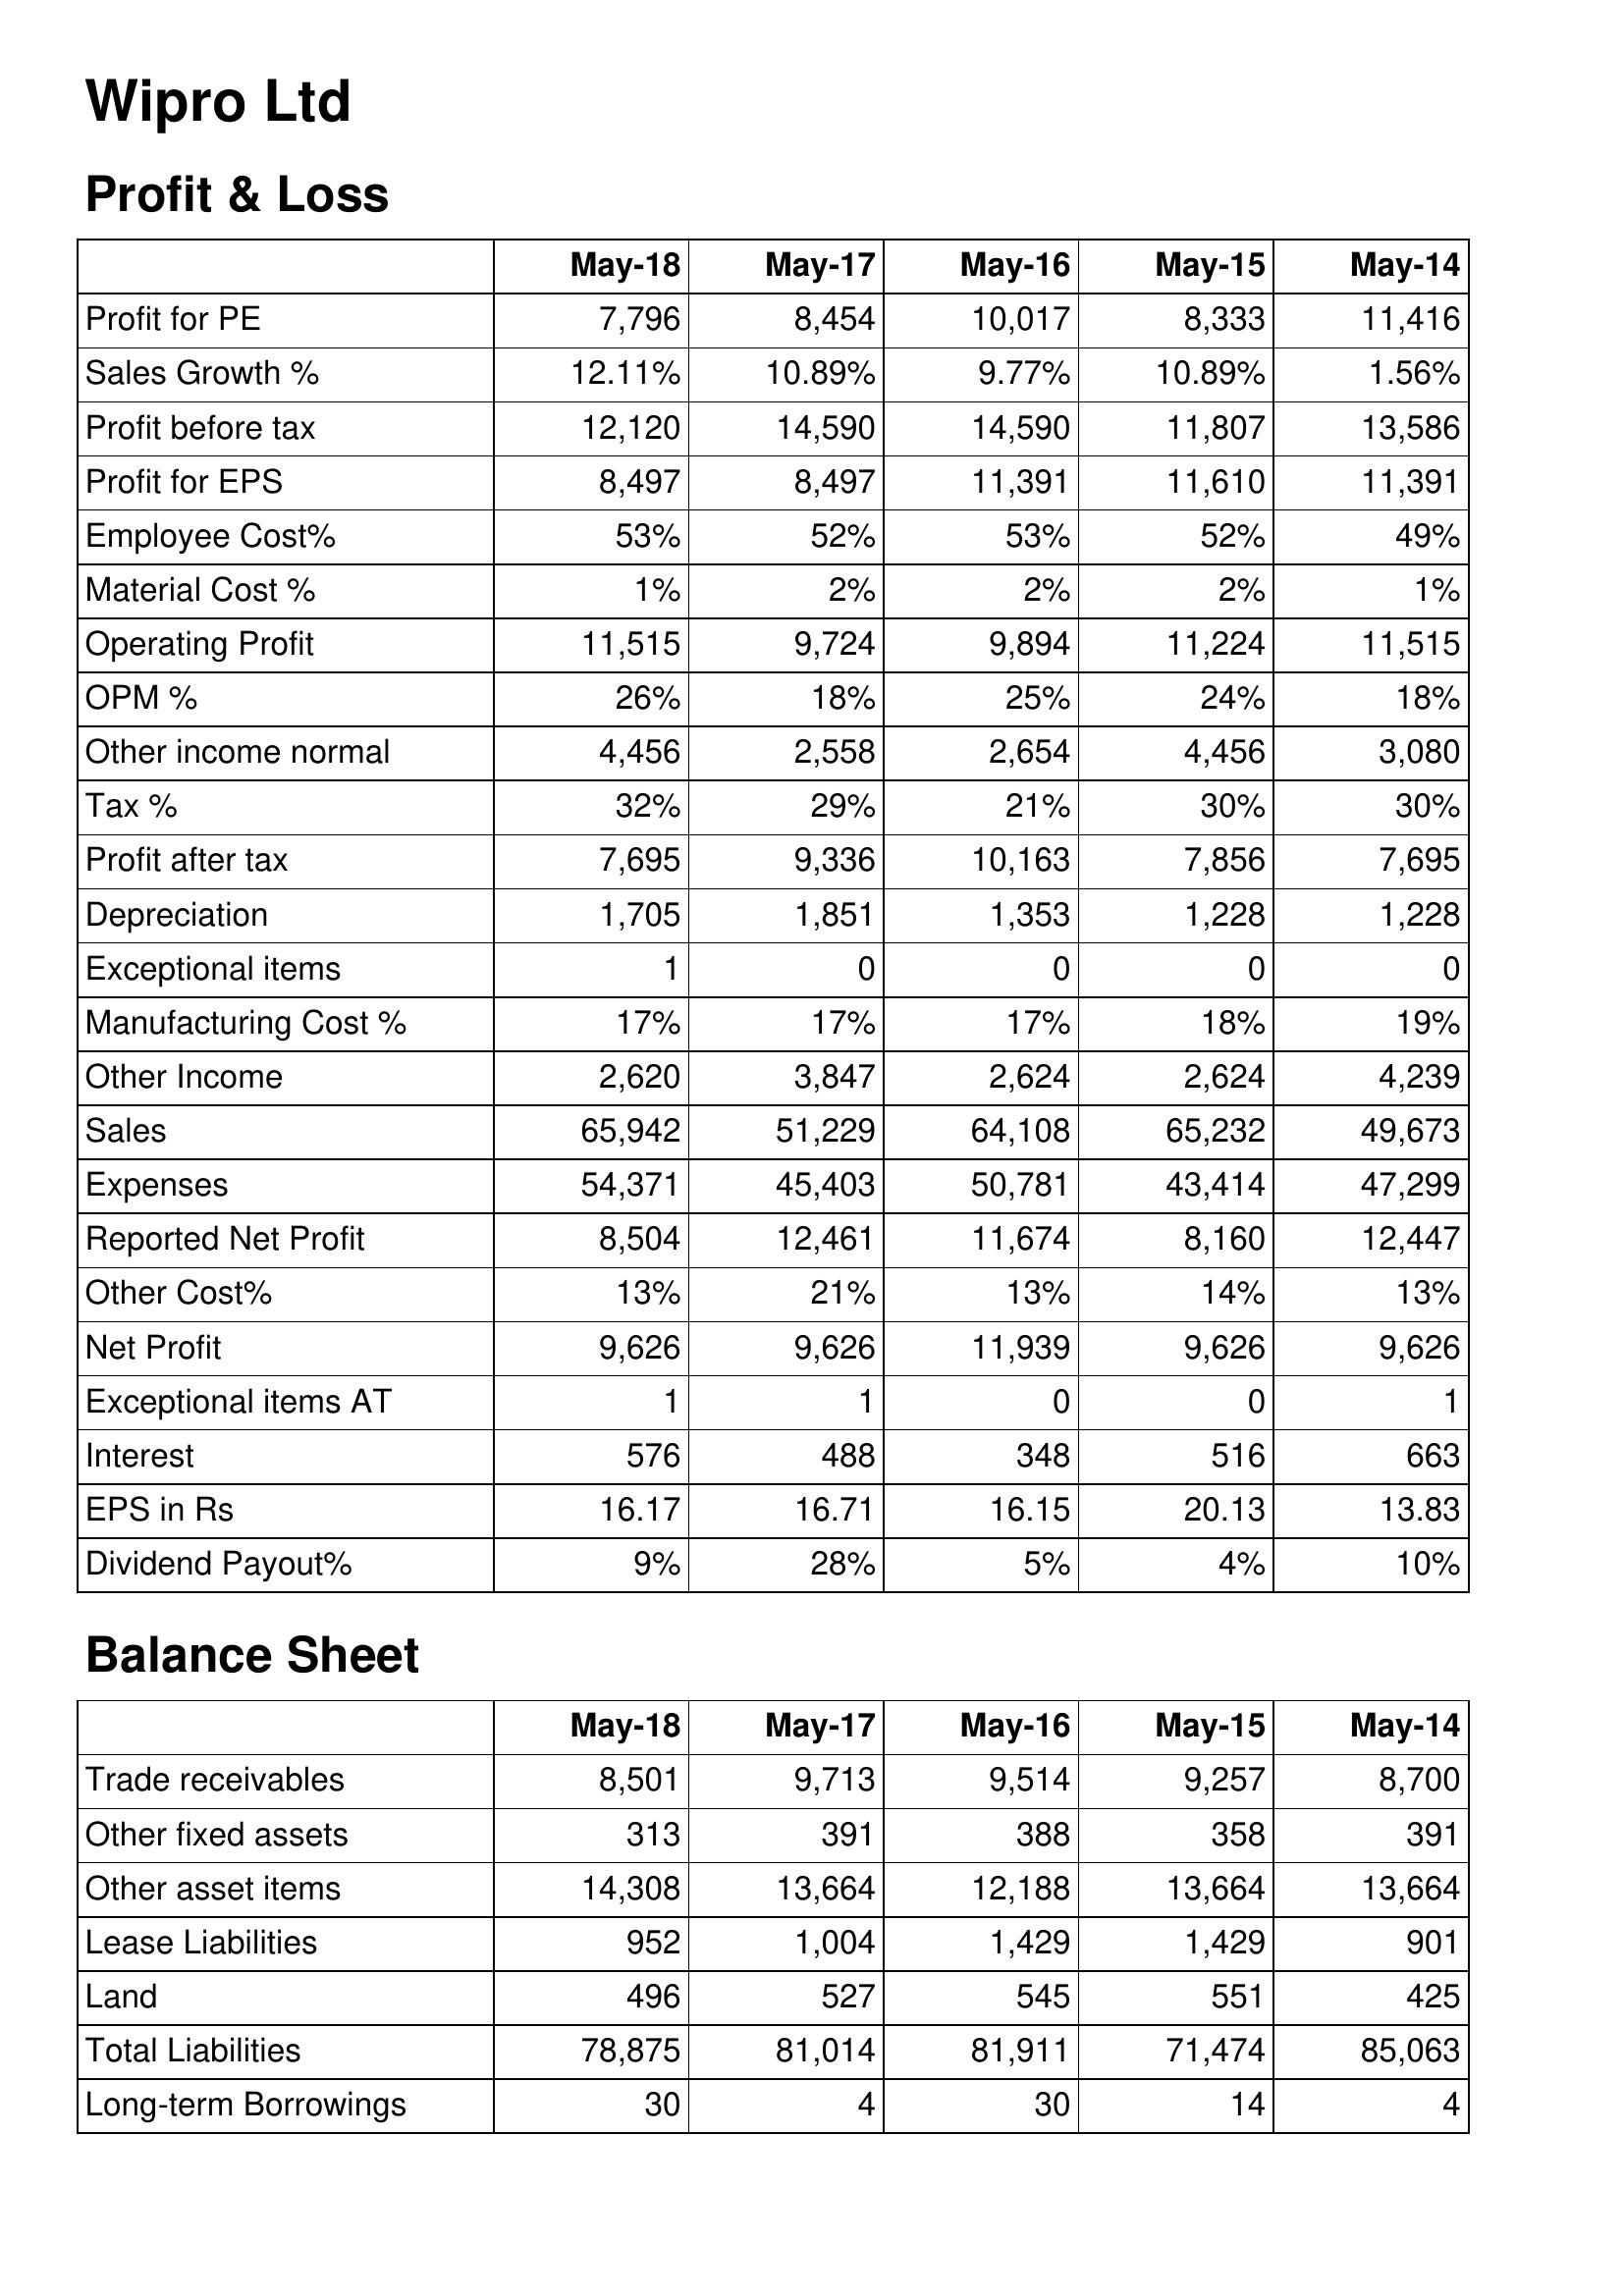
May-18: Profit & Loss: Profit for PE: 7,796
Sales Growth %: 12.11%
Profit before tax: 12,120
Profit for EPS: 8,497
Employee Cost%: 53%
Material Cost %: 1%
Operating Profit: 11,515
OPM %: 26%
Other income normal: 4,456
Tax %: 32%
Profit after tax: 7,695
Depreciation: 1,705
Exceptional items: 1
Manufacturing Cost %: 17%
Other Income: 2,620
Sales: 65,942
Expenses: 54,371
Reported Net Profit: 8,504
Other Cost%: 13%
Net Profit: 9,626
Exceptional items AT: 1
Interest: 576
EPS in Rs: 16.17
Dividend Payout%: 9%
Balance Sheet: Trade receivables: 8,501
Other fixed assets: 313
Other asset items: 14,308
Lease Liabilities: 952
Land: 496
Total Liabilities: 78,875
Long-term Borrowings: 30
May-17: Profit & Loss: Profit for PE: 8,454
Sales Growth %: 10.89%
Profit before tax: 14,590
Profit for EPS: 8,497
Employee Cost%: 52%
Material Cost %: 2%
Operating Profit: 9,724
OPM %: 18%
Other income normal: 2,558
Tax %: 29%
Profit after tax: 9,336
Depreciation: 1,851
Exceptional items: 0
Manufacturing Cost %: 17%
Other Income: 3,847
Sales: 51,229
Expenses: 45,403
Reported Net Profit: 12,461
Other Cost%: 21%
Net Profit: 9,626
Exceptional items AT: 1
Interest: 488
EPS in Rs: 16.71
Dividend Payout%: 28%
Balance Sheet: Trade receivables: 9,713
Other fixed assets: 391
Other asset items: 13,664
Lease Liabilities: 1,004
Land: 527
Total Liabilities: 81,014
Long-term Borrowings: 4
May-16: Profit & Loss: Profit for PE: 10,017
Sales Growth %: 9.77%
Profit before tax: 14,590
Profit for EPS: 11,391
Employee Cost%: 53%
Material Cost %: 2%
Operating Profit: 9,894
OPM %: 25%
Other income normal: 2,654
Tax %: 21%
Profit after tax: 10,163
Depreciation: 1,353
Exceptional items: 0
Manufacturing Cost %: 17%
Other Income: 2,624
Sales: 64,108
Expenses: 50,781
Reported Net Profit: 11,674
Other Cost%: 13%
Net Profit: 11,939
Exceptional items AT: 0
Interest: 348
EPS in Rs: 16.15
Dividend Payout%: 5%
Balance Sheet: Trade receivables: 9,514
Other fixed assets: 388
Other asset items: 12,188
Lease Liabilities: 1,429
Land: 545
Total Liabilities: 81,911
Long-term Borrowings: 30
May-15: Profit & Loss: Profit for PE: 8,333
Sales Growth %: 10.89%
Profit before tax: 11,807
Profit for EPS: 11,610
Employee Cost%: 52%
Material Cost %: 2%
Operating Profit: 11,224
OPM %: 24%
Other income normal: 4,456
Tax %: 30%
Profit after tax: 7,856
Depreciation: 1,228
Exceptional items: 0
Manufacturing Cost %: 18%
Other Income: 2,624
Sales: 65,232
Expenses: 43,414
Reported Net Profit: 8,160
Other Cost%: 14%
Net Profit: 9,626
Exceptional items AT: 0
Interest: 516
EPS in Rs: 20.13
Dividend Payout%: 4%
Balance Sheet: Trade receivables: 9,257
Other fixed assets: 358
Other asset items: 13,664
Lease Liabilities: 1,429
Land: 551
Total Liabilities: 71,474
Long-term Borrowings: 14
May-14: Profit & Loss: Profit for PE: 11,416
Sales Growth %: 1.56%
Profit before tax: 13,586
Profit for EPS: 11,391
Employee Cost%: 49%
Material Cost %: 1%
Operating Profit: 11,515
OPM %: 18%
Other income normal: 3,080
Tax %: 30%
Profit after tax: 7,695
Depreciation: 1,228
Exceptional items: 0
Manufacturing Cost %: 19%
Other Income: 4,239
Sales: 49,673
Expenses: 47,299
Reported Net Profit: 12,447
Other Cost%: 13%
Net Profit: 9,626
Exceptional items AT: 1
Interest: 663
EPS in Rs: 13.83
Dividend Payout%: 10%
Balance Sheet: Trade receivables: 8,700
Other fixed assets: 391
Other asset items: 13,664
Lease Liabilities: 901
Land: 425
Total Liabilities: 85,063
Long-term Borrowings: 4